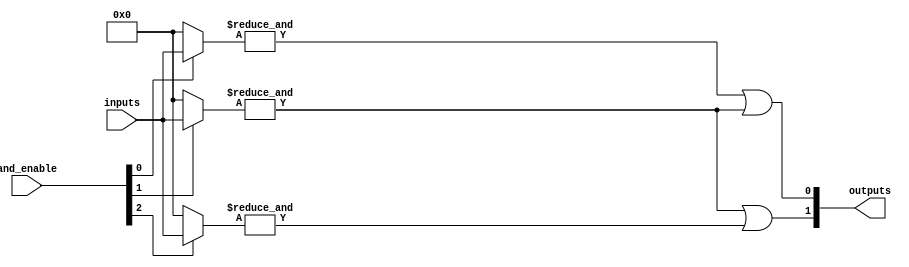
module PAL #(parameter n = 4, // Number of inputs
             parameter m = 2, // Number of outputs
             parameter p = 4  // Number of AND gates
            ) (
    input  wire [n-1:0] inputs, // Input vector
    input  wire [p-1:0] and_enable, // Control signals for AND gates
    output wire [m-1:0] outputs // Output vector
);

// Internal signals for AND gate outputs
wire [p-1:0] and_outputs;

// Programmable AND array
genvar i, j;
generate
    for (i = 0; i < p; i = i + 1) begin : and_array
        wire [n-1:0] and_inputs;
        
        // Connect inputs to AND gates based on and_enable signals
        assign and_inputs = (and_enable[i]) ? inputs : {n{1'b0}}; // Example connection logic
        
        // AND gate logic
        assign and_outputs[i] = &and_inputs; // AND operation
    end
endgenerate

// Fixed OR array
generate
    for (j = 0; j < m; j = j + 1) begin : or_array
        // Example OR gate connections (customize as needed)
        assign outputs[j] = and_outputs[j] | and_outputs[j + 1]; // Example OR operation
    end
endgenerate

endmodule